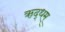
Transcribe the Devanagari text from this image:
ऋद्धम्